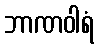
ဘာဏဝါရံ